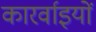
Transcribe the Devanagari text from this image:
कारर्वाइयों